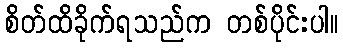
စိတ်ထိခိုက်ရသည်က တစ်ပိုင်းပါ။